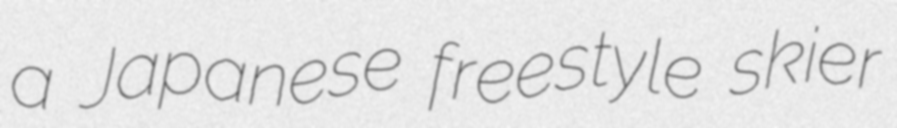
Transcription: a Japanese freestyle skier